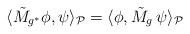
LaTeX: \begin{align*}\langle \tilde{M}_{g^{*}} \phi , \psi \rangle_{\mathcal{P}} =\langle \phi , \tilde{M}_{g} \, \psi \rangle_{\mathcal{P}} \end{align*}